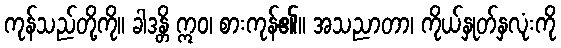
ကုန်သည်တို့ကို။ ခါဒန္တိ ဣဝ၊ စားကုန်၏။ အသညာတာ၊ ကိုယ်နှုတ်နှလုံးကို